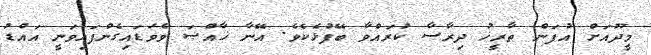
މީދޫއަށް އުފަން ތާރީޚު ދިރާސާ ކުރައްވާ ބޭފުޅެކެވެ. އޭނާ ޚާއްޞަ ވެވަޑައިގެންފައިވަނީ އައްޑު